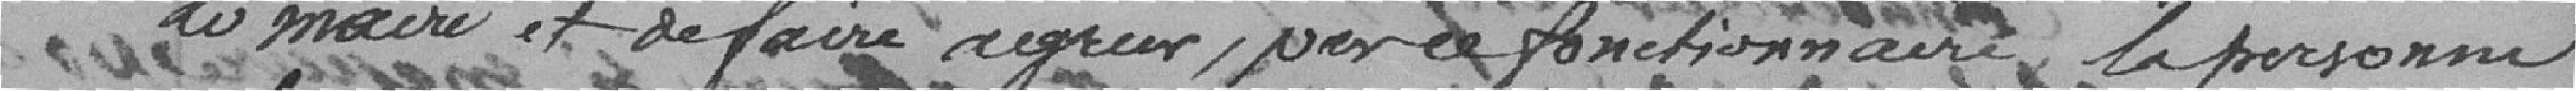
le maire et de faire agréer, par ce fonctionnaire, la personne